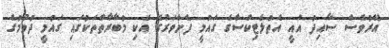
އޭރުވެސް ސާއިދު އައީ އެތުލެޓިކްސްގެ ގައުމީ ފެންވަރުގެ އެކި މުބާރާތްތަކުގައި ގައުމީ ދުވުމުގެ